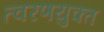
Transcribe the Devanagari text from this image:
त्वरणयुक्त